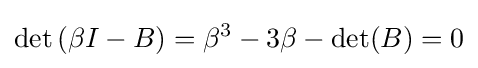
\det \left(\beta I-B\right)=\beta ^{3}-3\beta -\det(B)=0